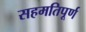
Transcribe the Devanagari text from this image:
सहमतिपूर्ण